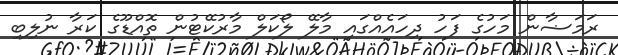
ރަމަޟާން މަހުގެ ފަހު ދިހައެއްގައި މާލޭ ލޯކަލް މާރުކޭޓުން ތޮއްޑޫގެ ކަރާ ނުލިބި